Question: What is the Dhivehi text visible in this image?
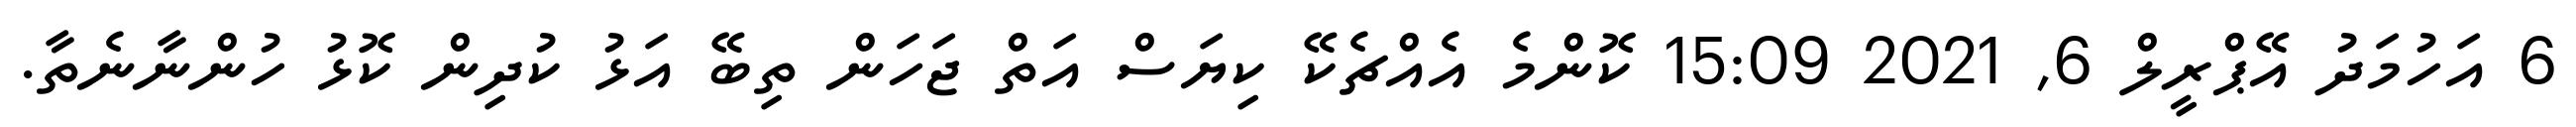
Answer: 6 އަހުމަދު އޭޕްރީލް 6, 2021 15:09 ކޮންމެ އެއްޗެކޭ ކިޔަސް އަތް ޖަހަން ތިބޭ އަޅު ކުދިން ކޮޅު ހުންނާނެތާ.